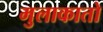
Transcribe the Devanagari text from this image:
मुलाकातो